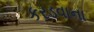
કરડવાના